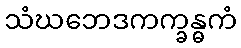
သံဃဘေဒကက္ခန္ဓကံ